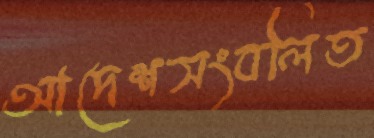
আদেশসংবলিত